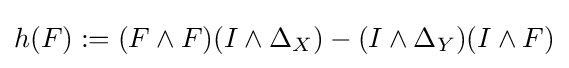
h(F):=(F\wedge F)(I\wedge \Delta _{X})-(I\wedge \Delta _{Y})(I\wedge F)